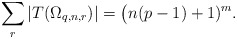
\begin{align*}\sum_r|T(\Omega_{q,n,r})|=\bigl(n(p-1)+1)^m.\end{align*}